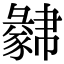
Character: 𧲁